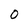
Character: 0